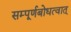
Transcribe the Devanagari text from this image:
सम्पूर्णबोधत्वात्